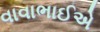
વાવાભાઈએ